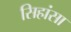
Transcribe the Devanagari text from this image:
सिहांसा